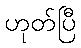
ဟုတ်ပြီ